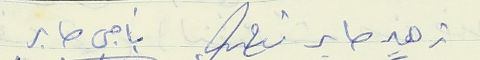
زهير صابر ناجي صابر